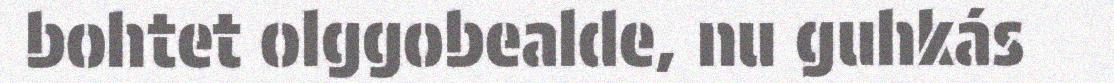
bohtet olggobealde, nu guhkás